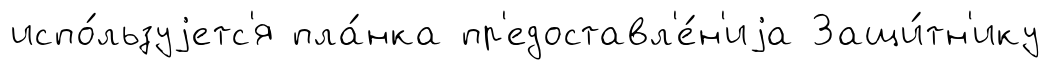
испо́льзуjетс'я пла́нка пр'едоставл'е́н'иjа Защи́тн'ику